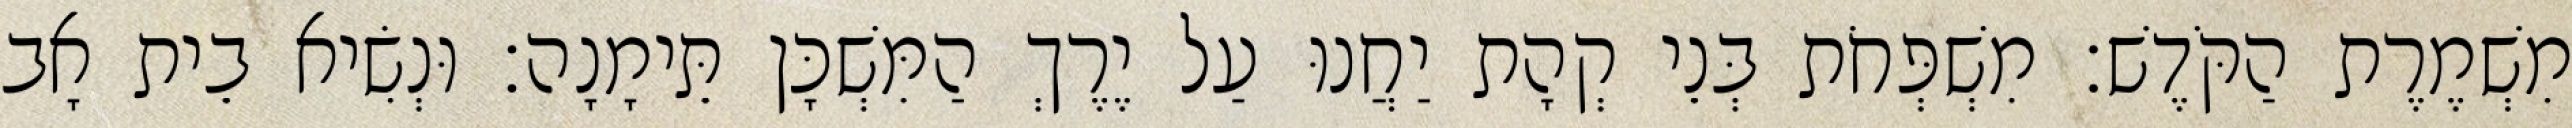
מִשְׁמֶרֶת הַקֹּדֶשׁ׃ מִשְׁפְּחֹת בְּנֵי קְהָת יַחֲנוּ עַל יֶרֶךְ הַמִּשְׁכָּן תֵּימָנָה׃ וּנְשִׂיא בֵית אָב